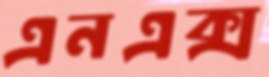
এনএক্স